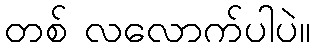
တစ် လလောက်ပါပဲ။